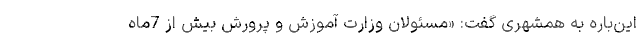
این‌باره به همشهری گفت: «مسئولان وزارت آموزش و پرورش بیش از 7‌ماه